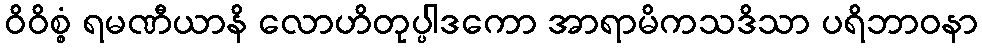
ဝိဝိစ္စံ ရမဏီယာနိ လောဟိတုပ္ပါဒကော အာရာမိကသဒိသာ ပရိဘာဝနာ